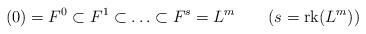
LaTeX: \begin{align*}(0)=F^0\subset F^1\subset\ldots\subset F^s=L^m\quad\quad(s={\rm {rk}}(L^m))\end{align*}